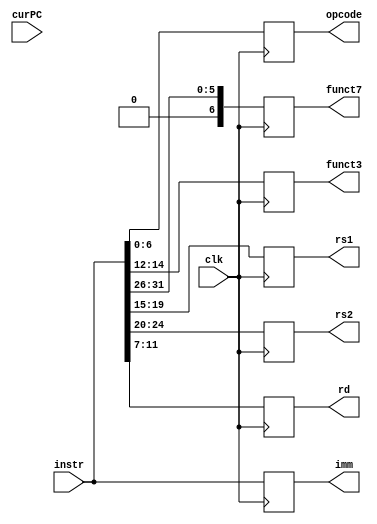
module InsMEM (
        input clk,
        input [31:0] curPC,      //PC
        output reg[6:0] opcode,      //
        output reg[2:0] funct3,  //3
        output reg[6:0] funct7,  //7
        output reg[4:0] rs1,     //rs1
        output reg[4:0] rs2,     //rs2
        output reg[4:0] rd,      //rd
        output reg[31:0] imm,    //extend
        input   [31:0] instr  //32
    );
    reg [31:0] RAM[1023:0];
    //
    always@(negedge clk)
    begin
        opcode <= instr[6:0];
        rs1 <= instr[19:15];
        rs2 <= instr[24:20];
        rd <= instr[11:7];
        funct3 <= instr[14:12];
        funct7 <= instr[31:26];
        imm <= instr;
       // $display("PC:%h rs1:%d rs2:%d rd:%h",curPC,rs1,rs2,rd);
    end
endmodule //InsMEM